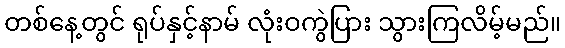
တစ်နေ့တွင် ရုပ်နှင့်နာမ် လုံးဝကွဲပြား သွားကြလိမ့်မည်။